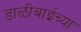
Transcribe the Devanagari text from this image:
डाळीबाईच्या